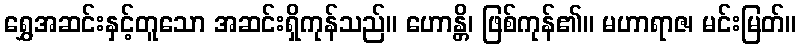
ရွှေအဆင်းနှင့်တူသော အဆင်းရှိကုန်သည်။ ဟောန္တိ၊ ဖြစ်ကုန်၏။ မဟာရာဇ၊ မင်းမြတ်။